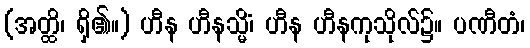
(အတ္ထိ၊ ရှိ၏။) ဟီန ဟီနသ္မိံ၊ ဟီန ဟီနကုသိုလ်၌။ ပဏီတံ၊